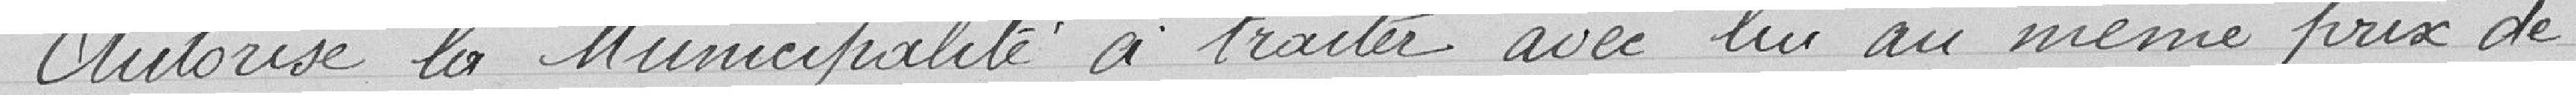
Autorise la Municipalité à traiter avec lui au même prix de